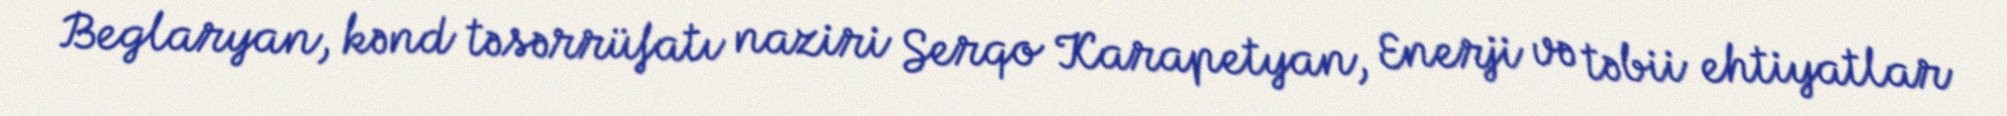
Beglaryan, kənd təsərrüfatı naziri Serqo Karapetyan, Enerji və təbii ehtiyatlar